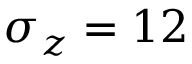
\sigma _ { z } = 1 2